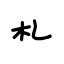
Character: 札